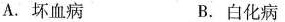
A.坏血病 B.白化病